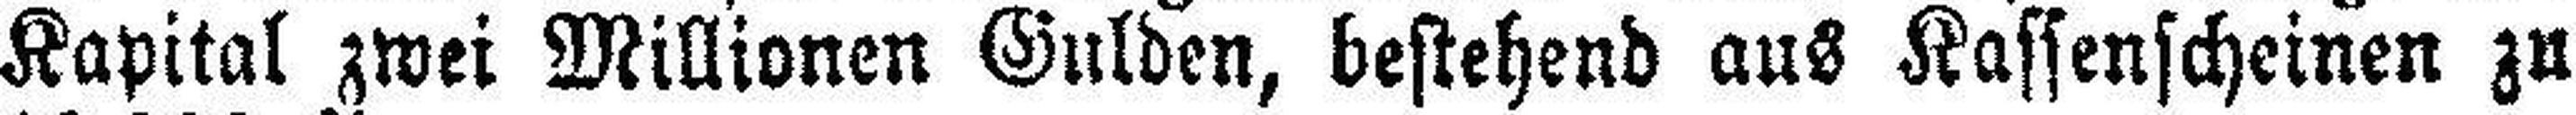
Kapital zwei Millionen Gulden, bestehend aus Kassenscheinen zu